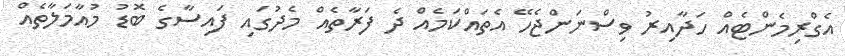
އެގްރިމެންޓެއް ހަދާއިރު ވިސްނަންޖެހޭ އެތައްކަމެއް ދެ ފަރާތެއް މެދުގައި ފައިސާގެ ބޮޑު މުއާމަލާތެއް